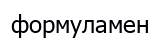
формуламен